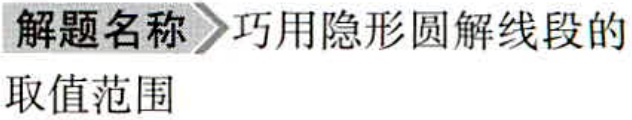
解题名称 \(\rhd\) 巧用隐形圆解线段的取值范围